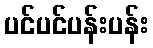
ပင်ပင်ပန်းပန်း